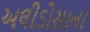
અલીડોસાના